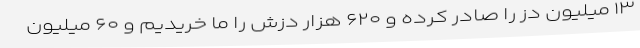
۱۳ میلیون دز را صادر کرده و ۶۲۰ هزار دزش را ما خریدیم و ۶۰ میلیون